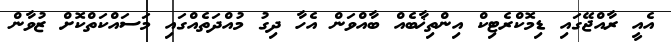
އެއީ ރާއްޖޭގައި ޑިމޮކްރެޓިކް އިންތިޚާބެއް ބާއްވަން އެހާ ދިގު މުއްދަތެއްގައި މަސައްކަތްކޮށް ޒުވާން